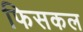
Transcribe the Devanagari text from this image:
फिसकल